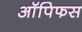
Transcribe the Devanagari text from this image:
ऑपिफस